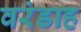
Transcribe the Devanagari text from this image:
वरंडाह